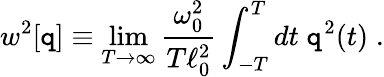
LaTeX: w^{2}[\mathtt{q}]\equiv\operatorname*{lim}_{T\rightarrow\infty}{\frac{{\omega_{0}^{2}}}{{T\ell_{0}^{2}}}}\int_{-T}^{T}dt\; \mathtt{q}^{2}(t)\; .